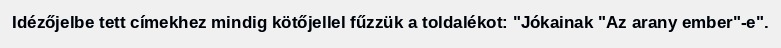
Idézőjelbe tett címekhez mindig kötőjellel fűzzük a toldalékot: "Jókainak "Az arany ember"-e".